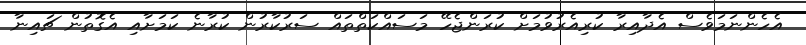
އެހެންނަމަވެސް އެދާއިރާ ކުރިއެރުވުމަށް ކުރަންޖެހޭ މަސައްކަތްތައް ސަރުކާރުން ކުރާނެ ކަމަށާއި އެގޮތުން ޗައިނާ